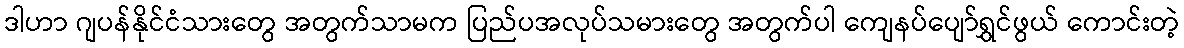
ဒါဟာ ဂျပန်နိုင်ငံသားတွေ အတွက်သာမက ပြည်ပအလုပ်သမားတွေ အတွက်ပါ ကျေနပ်ပျော်ရွှင်ဖွယ် ကောင်းတဲ့